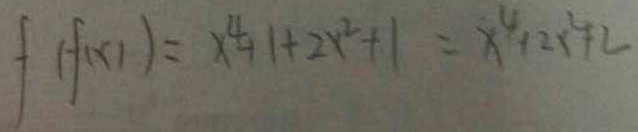
f ( f ( x ) ) = x ^ { 4 } + 1 + 2 x ^ { 2 } + 1 = x ^ { 4 } + 2 x ^ { 2 } + 2